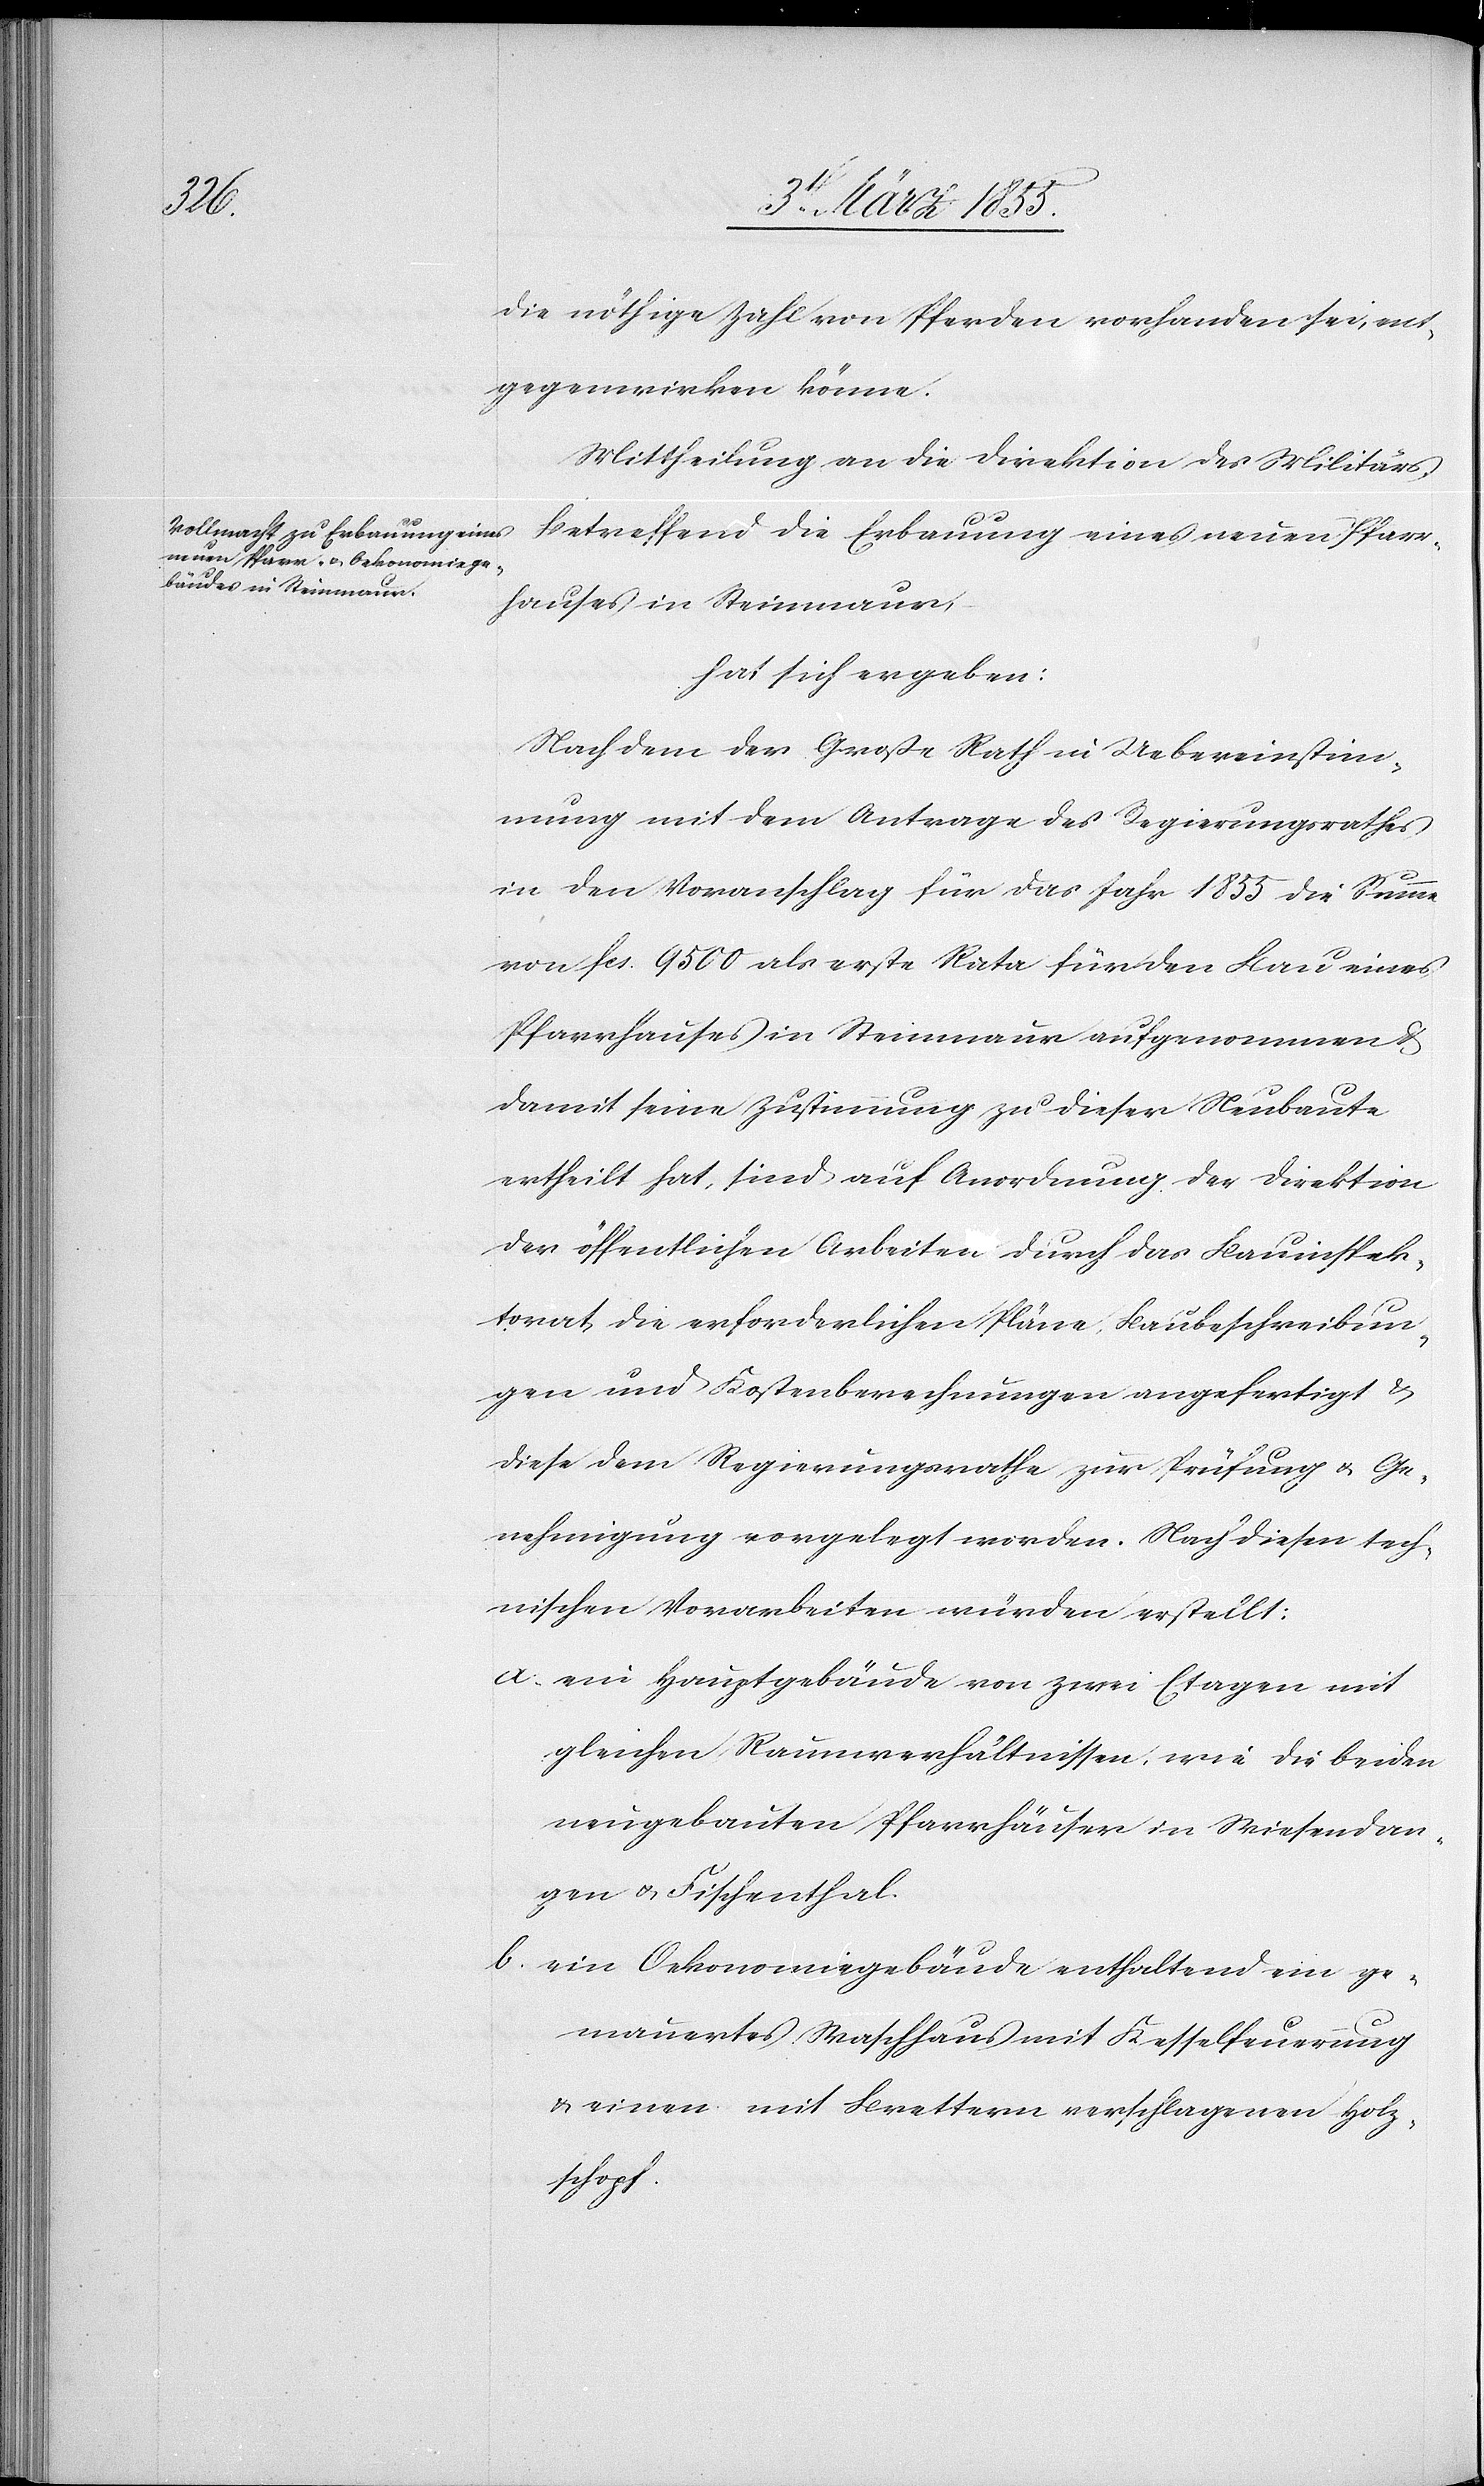
die nöthige Zahl von Pferden vorhanden sei, ent¬
gegenwirken könne.
Mittheilung an die Direktion des Militärs.
Betreffend die Erbauung eines neuen Pfarr¬
hauses in Steinmaur,
hat sich ergeben:
Nachdem der Große Rath in Uebereinstim¬
mung mit dem Antrage des Regierungsrathes
in den Voranschlag für das Jahr 1855 die Summe
von Fcs. 9500 als erste Rata für den Bau eines
Pfarrhauses in Steinmaur aufgenommen &
damit seine Zustimmung zu dieser Neubaute
ertheilt hat, sind auf Anordnung der Direktion
der öffentlichen Arbeiten durch das Bauinspek¬
torat, die erforderlichen Pläne, Baubeschreibun¬
gen und Kostenberechnungen angefertigt &
diese dem Regierungsrathe zur Prüfung & Ge¬
nehmigung vorgelegt worden. Nach diesen tech¬
nischen Vorarbeiten würden erstellt:
ein Hauptgebäude von zwei Etagen mit
gleichen Raumverhältnissen, wie die beiden
neugebauten Pfarrhäuser in Wiesendan¬
gen & Fischenthal.
ein Oekonomiegebäude enthaltend ein ge¬
mauertes Waschhaus mit Kesselfeuerung
& einen mit Brettern verschlagenen Holz¬
schopf.